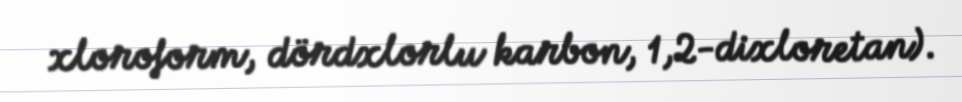
xloroform, dördxlorlu karbon, 1,2-dixloretan).